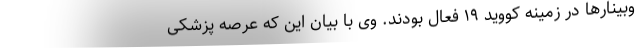
وبینارها در زمینه کووید ۱۹ فعال بودند. وی با بیان این که عرصه پزشکی